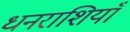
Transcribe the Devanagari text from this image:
धनराशियाँ